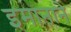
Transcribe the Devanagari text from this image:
इमानाने